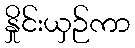
နှိုင်းယှဉ်ကာ